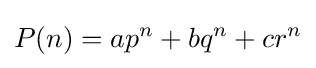
P(n)=ap^{n}+bq^{n}+cr^{n}